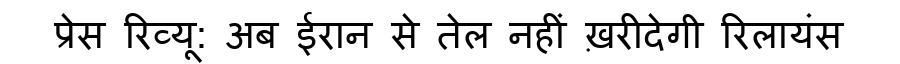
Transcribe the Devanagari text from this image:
प्रेस रिव्यू: अब ईरान से तेल नहीं ख़रीदेगी रिलायंस